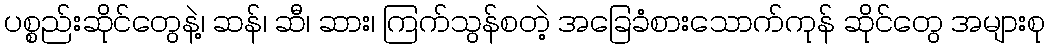
ပစ္စည်းဆိုင်တွေနဲ့၊ ဆန်၊ ဆီ၊ ဆား၊ ကြက်သွန်စတဲ့ အခြေခံစားသောက်ကုန် ဆိုင်တွေ အများစု